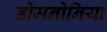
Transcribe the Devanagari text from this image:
डोमनोनिया